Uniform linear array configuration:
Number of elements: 48
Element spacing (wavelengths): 0.5
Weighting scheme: hann
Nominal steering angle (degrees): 15
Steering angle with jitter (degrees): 15.365
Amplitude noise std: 0.05
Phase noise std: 0.05

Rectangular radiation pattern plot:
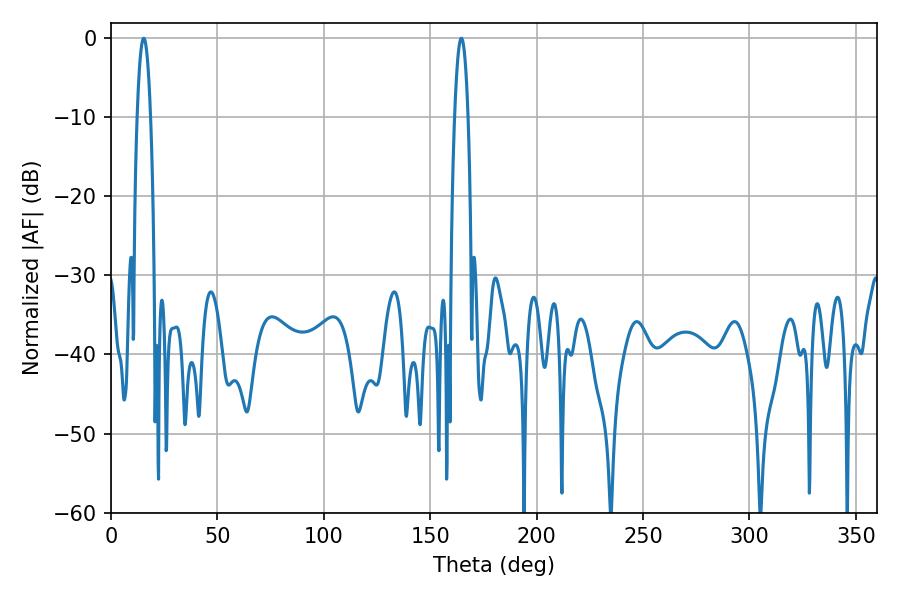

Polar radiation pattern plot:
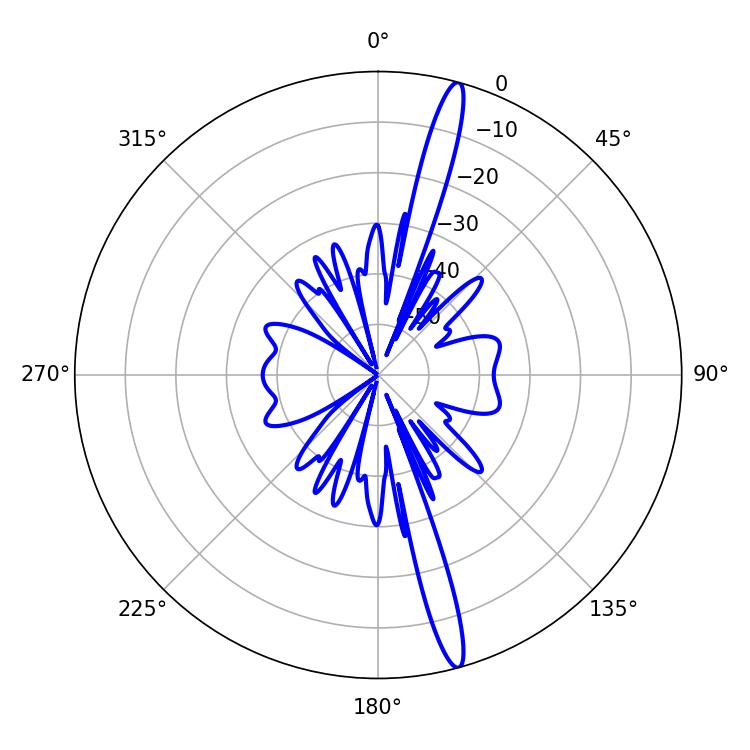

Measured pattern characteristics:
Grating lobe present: FALSE
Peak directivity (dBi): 17.547
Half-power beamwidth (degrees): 3.42
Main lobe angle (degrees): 15.3